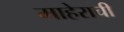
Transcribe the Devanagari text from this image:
माहेराची